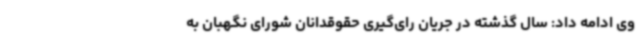
وی ادامه داد: سال گذشته در جریان رای‌گیری حقوقدانان شورای نگهبان به